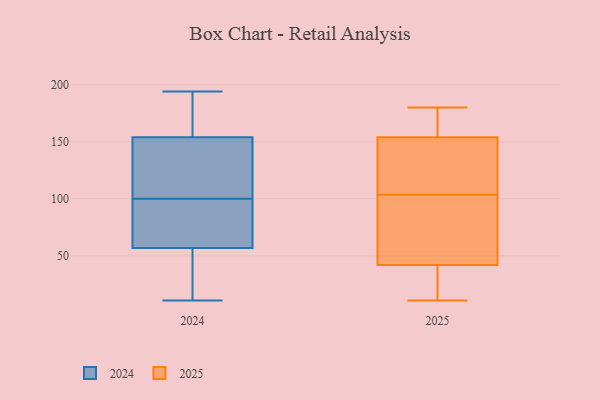
{"axis": {"x": "Population (Million)", "y": "Value"}, "legend": ["2024", "2025"], "data": [{"x": "", "y": 69, "type": "2024"}, {"x": "", "y": 194, "type": "2024"}, {"x": "", "y": 169, "type": "2024"}, {"x": "", "y": 158, "type": "2024"}, {"x": "", "y": 151, "type": "2024"}, {"x": "", "y": 53, "type": "2024"}, {"x": "", "y": 111, "type": "2024"}, {"x": "", "y": 174, "type": "2024"}, {"x": "", "y": 155, "type": "2024"}, {"x": "", "y": 12, "type": "2024"}, {"x": "", "y": 147, "type": "2024"}, {"x": "", "y": 100, "type": "2024"}, {"x": "", "y": 74, "type": "2024"}, {"x": "", "y": 43, "type": "2024"}, {"x": "", "y": 91, "type": "2024"}, {"x": "", "y": 69, "type": "2024"}, {"x": "", "y": 11, "type": "2024"}, {"x": "", "y": 11, "type": "2024"}, {"x": "", "y": 100, "type": "2024"}, {"x": "", "y": 35, "type": "2025"}, {"x": "", "y": 142, "type": "2025"}, {"x": "", "y": 149, "type": "2025"}, {"x": "", "y": 49, "type": "2025"}, {"x": "", "y": 98, "type": "2025"}, {"x": "", "y": 72, "type": "2025"}, {"x": "", "y": 11, "type": "2025"}, {"x": "", "y": 180, "type": "2025"}, {"x": "", "y": 159, "type": "2025"}, {"x": "", "y": 133, "type": "2025"}, {"x": "", "y": 34, "type": "2025"}, {"x": "", "y": 160, "type": "2025"}, {"x": "", "y": 34, "type": "2025"}, {"x": "", "y": 178, "type": "2025"}, {"x": "", "y": 84, "type": "2025"}, {"x": "", "y": 109, "type": "2025"}]}